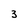
Character: 3